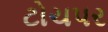
ટોચપર